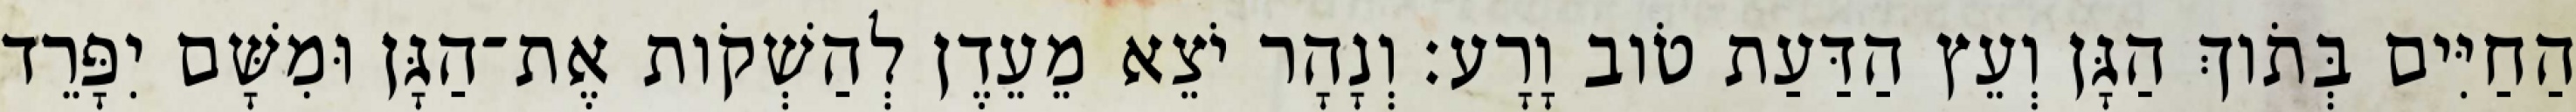
הַחַיִּים בְּתֹוךְ הַגָּן וְעֵץ הַדַּעַת טֹוב וָרָע׃ וְנָהָר יֹצֵא מֵעֵדֶן לְהַשְׁקֹות אֶת־הַגָּן וּמִשָּׁם יִפָּרֵד